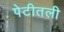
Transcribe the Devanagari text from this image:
पेटीतली